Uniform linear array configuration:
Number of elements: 64
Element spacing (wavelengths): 1
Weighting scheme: uniform
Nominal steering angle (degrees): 30
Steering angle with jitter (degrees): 31.881
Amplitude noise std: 0.05
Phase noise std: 0.05

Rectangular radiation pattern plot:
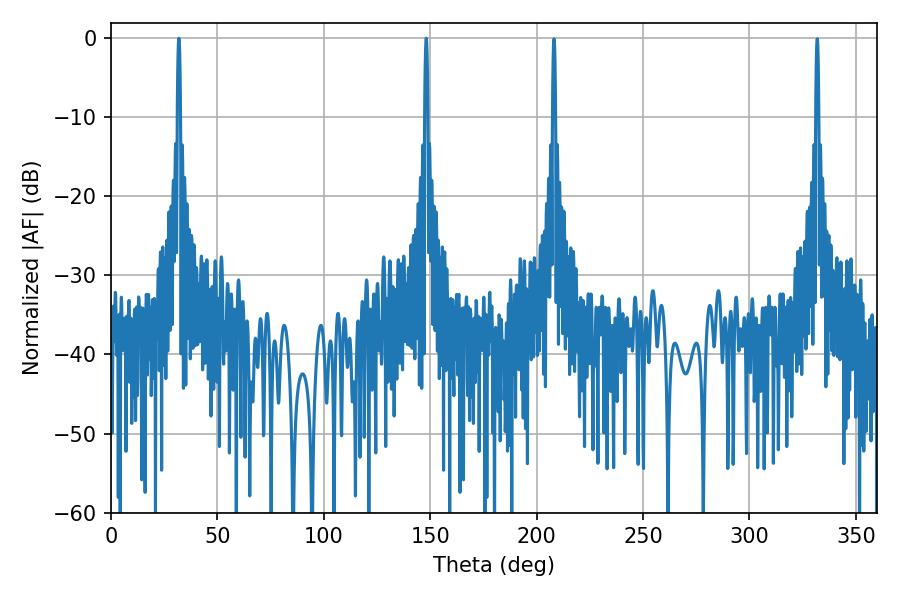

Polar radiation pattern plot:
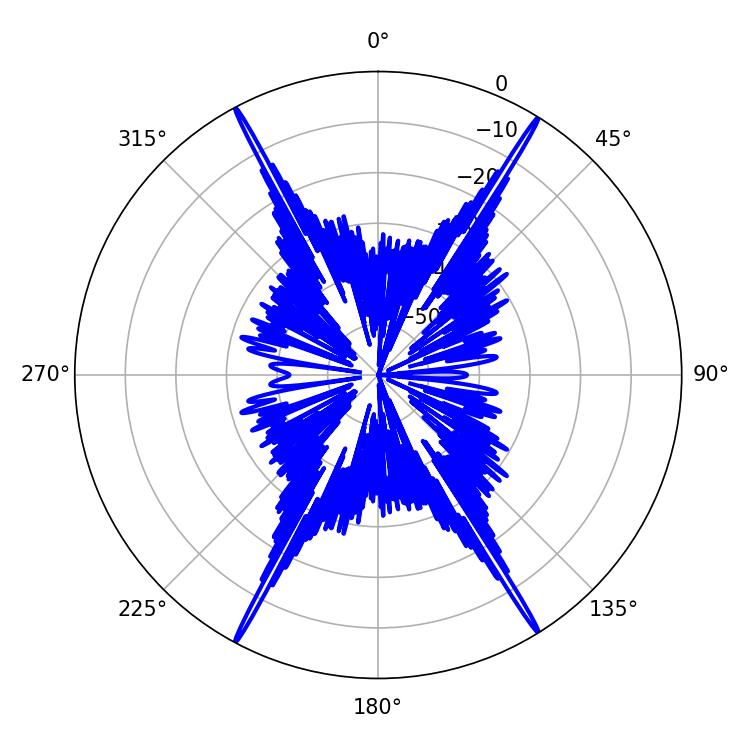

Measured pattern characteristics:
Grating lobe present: TRUE
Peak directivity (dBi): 28.714
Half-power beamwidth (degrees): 0.72
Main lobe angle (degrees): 148.14